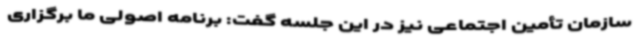
سازمان تأمین اجتماعی نیز در این جلسه گفت: برنامه اصولی ما برگزاری